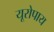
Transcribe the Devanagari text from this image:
यूरोपाय